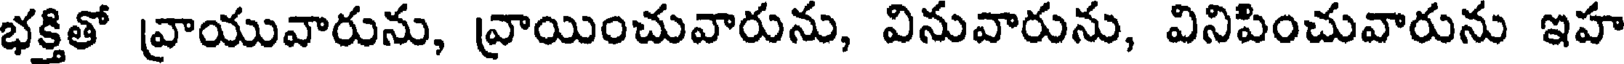
భక్తితో వ్రాయువారును, వ్రాయించువారును, వినువారును, వినిపించువారును ఇహ